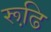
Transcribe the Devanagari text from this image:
रूढि़